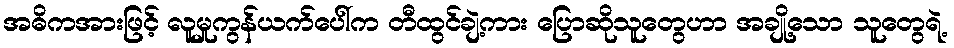
အဓိကအားဖြင့် လူမှုကွန်ယက်ပေါ်က တီထွင်ချဲ့ကား ပြောဆိုသူတွေဟာ အချို့သော သူတွေရဲ့